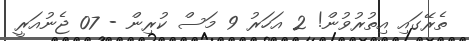
ތެރޭގައި އިތުރުވުން! 2 އަހަރު 9 މަސް ކުރިން - 07 ޖެނުއަރީ